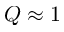
Q \approx 1